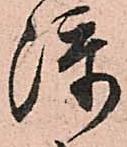
添